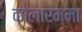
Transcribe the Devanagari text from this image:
कोलारम्मा